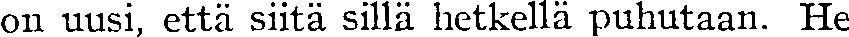
on uusi, että siitä sillä hetkellä puhutaan. He